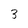
Character: 3